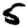
Digit: 5